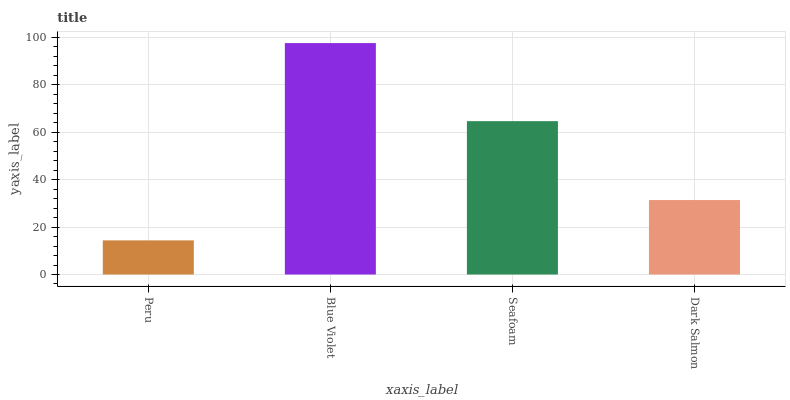
| xaxis_label | bars |
 | --- | --- |
 | Peru | 14.4 |
 | Blue Violet | 97.5 |
 | Seafoam | 64.6 |
 | Dark Salmon | 31.4 |